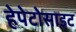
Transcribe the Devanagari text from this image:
हेपेटोसाइट